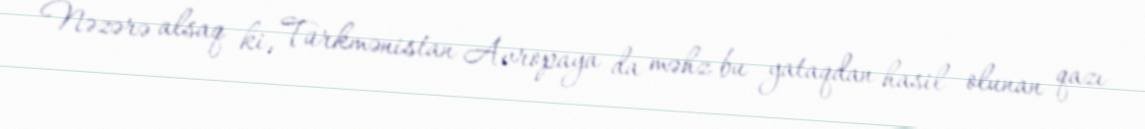
Nəzərə alsaq ki, Türkmənistan Avropaya da məhz bu yataqdan hasil olunan qazı